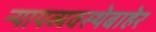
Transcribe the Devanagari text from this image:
न्यायव्यवस्थेबाहेर